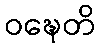
ဝဍ္ဎေတိ